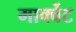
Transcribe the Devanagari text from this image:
मार्क्वेट